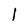
Character: 1